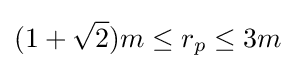
(1+{\sqrt {2}}){m}\leq r_{p}\leq 3{m}